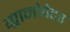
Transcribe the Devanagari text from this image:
ग्रानोवेटर